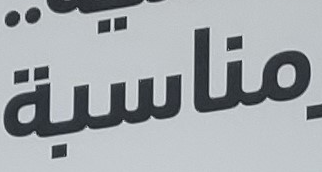
مناسبة